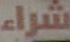
شراء